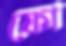
ফো